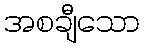
အစချီသော